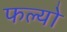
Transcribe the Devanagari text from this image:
फल्‍यो